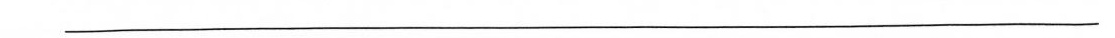
___